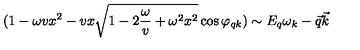
( 1 - \omega v x ^ { 2 } - v x \sqrt { 1 - 2 { \frac { \omega } { v } } + \omega ^ { 2 } x ^ { 2 } } \cos \varphi _ { q k } ) \sim E _ { q } \omega _ { k } - \vec { q } \vec { k }